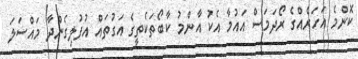
ކޮންމެ އަހަރެއްގެ ރޯދަމަސް އައުމާ އެކު އާންމު ކާބޯތަކެތީގެ އަގުތައް އުފުލިގެންދާ މައްސަލަ